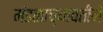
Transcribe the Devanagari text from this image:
मंडळाच्यावतीने